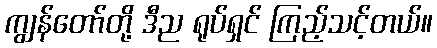
ကျွန်တော်တို့ ဒီည ရုပ်ရှင် ကြည့်သင့်တယ်။